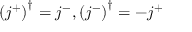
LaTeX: \left( j ^ { + } \right) ^ { \dagger } = j ^ { - } , \left( j ^ { - } \right) ^ { \dagger } = - j ^ { + }